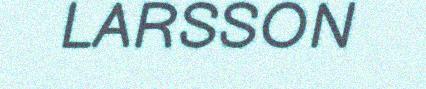
LARSSON